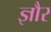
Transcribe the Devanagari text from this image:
ज्ञौर